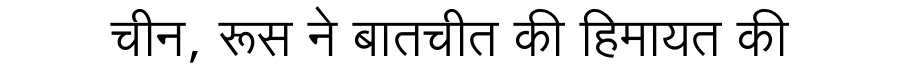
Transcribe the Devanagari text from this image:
चीन, रूस ने बातचीत की हिमायत की